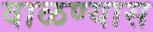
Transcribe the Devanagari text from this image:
वाळण्यास